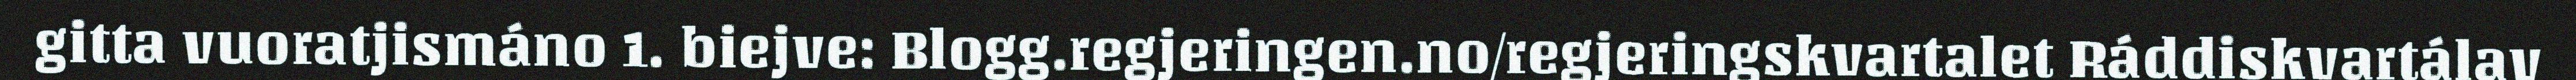
gitta vuoratjismáno 1. biejve: Blogg.regjeringen.no/regjeringskvartalet Ráddiskvartálav